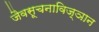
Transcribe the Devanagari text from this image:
जैवसूचनाविज्ञान